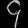
Digit: ၄